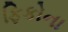
ફિકોના